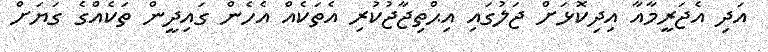
އަދި އެޖަރީމާއާ އިދިކޮޅަށް ޖަލުގައި އިޙްތިޖާޖުކުރި އެތަކެއް އެހެން ގައިދީން ތަކެއްގެ ގަޔަށް